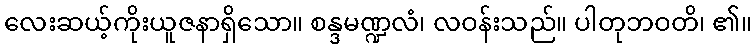
လေးဆယ့်ကိုးယူဇနာရှိသော။ စန္ဒမဏ္ဍလံ၊ လဝန်းသည်။ ပါတုဘဝတိ၊ ၏။